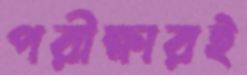
পরীক্ষারই